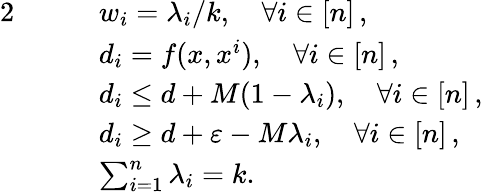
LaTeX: \begin{array}{rlrl}{{2}}&{}&&{w_{i}=\lambda_{i}/k,\quad\forall i\in[n]\, ,}\\ &{}&&{d_{i}=f(x,x^{i}),\quad\forall i\in[n]\, ,}\\ &{}&&{d_{i}\le d+M(1-\lambda_{i}),\quad\forall i\in[n]\, ,}\\ &{}&&{d_{i}\ge d+\varepsilon-M\lambda_{i},\quad\forall i\in[n]\, ,}\\ &{}&&{\sum_{i=1}^{n}\lambda_{i}=k.}\end{array}